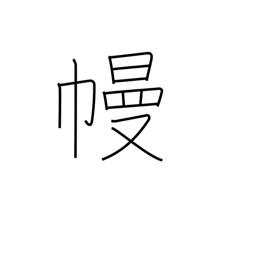
Meaning: curtain